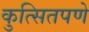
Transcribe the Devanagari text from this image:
कुत्सितपणे